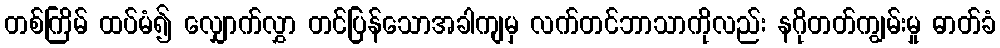
တစ်ကြိမ် ထပ်မံ၍ လျှောက်လွှာ တင်ပြန်သောအခါကျမှ လက်တင်ဘာသာကိုလည်း နဂိုတတ်ကျွမ်းမှု ဓာတ်ခံ